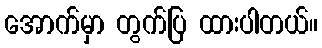
အောက်မှာ တွက်ပြ ထားပါတယ်။